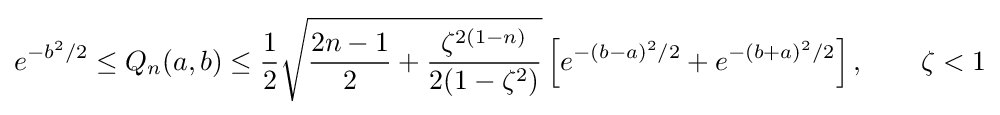
e^{-b^{2}/2}\leq Q_{n}(a,b)\leq {\frac {1}{2}}{\sqrt {{\frac {2n-1}{2}}+{\frac {\zeta ^{2(1-n)}}{2(1-\zeta ^{2})}}}}\left[e^{-(b-a)^{2}/2}+e^{-(b+a)^{2}/2}\right],\qquad \zeta <1